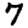
Digit: 7